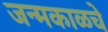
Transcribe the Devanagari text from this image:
जन्मकाळचे